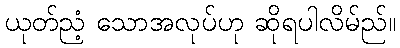
ယုတ်ညံ့ သောအလုပ်ဟု ဆိုရပါလိမ်ည်။